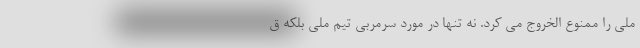
ملی را ممنوع الخروج می کرد. نه تنها در مورد سرمربی تیم ملی بلکه ق